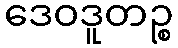
ဒေဝဒူတဉ္စ